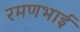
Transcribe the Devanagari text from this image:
रमणभाई